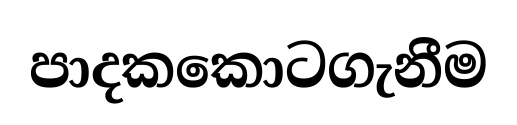
පාදකකොටගැනීම